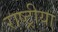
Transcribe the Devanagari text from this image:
राष्ट्रीया